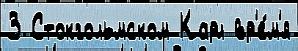
3 Стокгольмском Карл вр'е́м'я